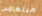
ميلهاوس